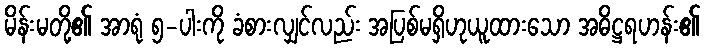
မိန်းမတို့၏ အာရုံ ၅-ပါးကို ခံစားလျှင်လည်း အပြစ်မရှိဟုယူထားသော အဓိဋ္ဌရဟန်း၏